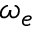
\omega _ { e }